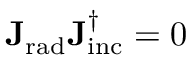
\mathbf { J _ { \mathrm { { r a d } } } } \mathbf { J _ { \mathrm { { i n c } } } ^ { \dagger } } = 0